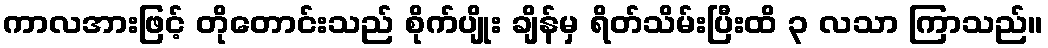
ကာလအားဖြင့် တိုတောင်းသည် စိုက်ပျိုး ချိန်မှ ရိတ်သိမ်းပြီးထိ ၃ လသာ ကြာသည်။